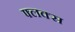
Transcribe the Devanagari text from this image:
फ्लक्‍स